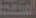
المتنعمة